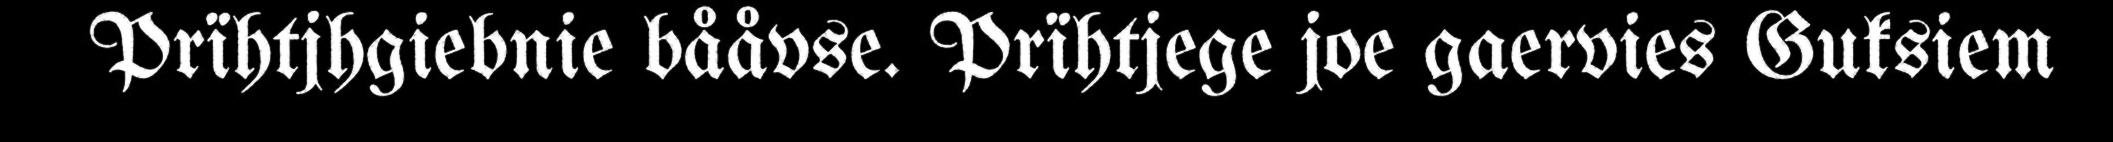
Prïhtjhgiebnie bååvse. Prïhtjege joe gaervies Guksiem